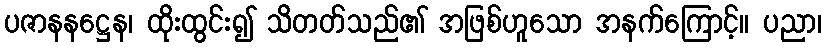
ပဇာနနဋ္ဌေန၊ ထိုးထွင်း၍ သိတတ်သည်၏ အဖြစ်ဟူသော အနက်ကြောင့်။ ပညာ၊